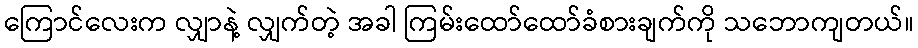
ကြောင်လေးက လျှာနဲ့ လျှက်တဲ့ အခါ ကြမ်းထော်ထော်ခံစားချက်ကို သဘောကျတယ်။